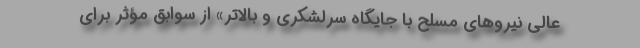
عالی نیروهای مسلح با جایگاه سرلشکری و بالاتر» از سوابق مؤثر برای